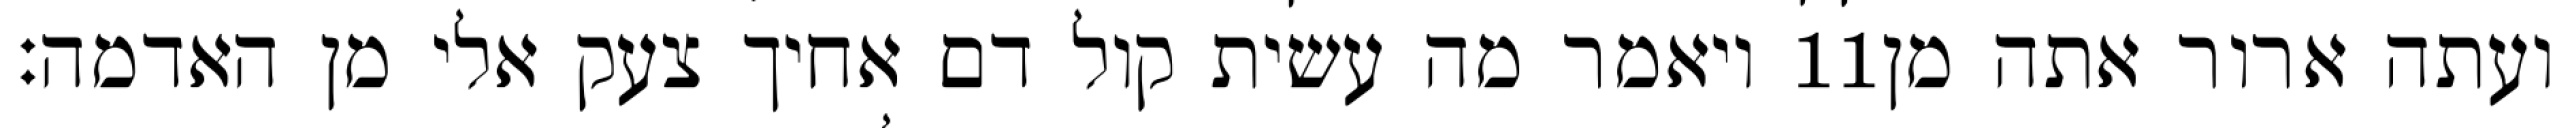
ויאמר מה עשית קול דם אחיך צעק אלי מן האדמה׃ ‎11‏ ועתה ארור אתה מן